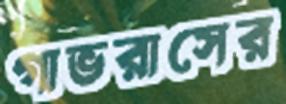
গাভরাসের